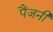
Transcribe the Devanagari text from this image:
पैंजनी